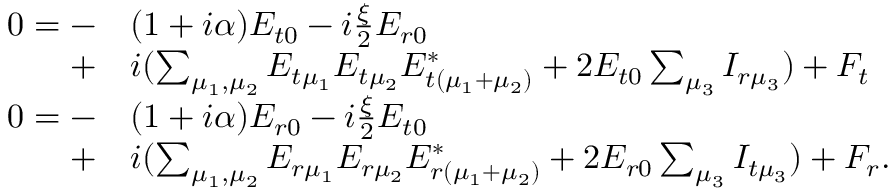
\begin{array} { r l } { 0 = - } & { ( 1 + i \alpha ) E _ { t 0 } - i \frac { \xi } { 2 } E _ { r 0 } } \\ { + } & { i ( \sum _ { \mu _ { 1 } , \mu _ { 2 } } E _ { t \mu _ { 1 } } E _ { t \mu _ { 2 } } E _ { t ( \mu _ { 1 } + \mu _ { 2 } ) } ^ { * } + 2 E _ { t 0 } \sum _ { \mu _ { 3 } } I _ { r \mu _ { 3 } } ) + F _ { t } } \\ { 0 = - } & { ( 1 + i \alpha ) E _ { r 0 } - i \frac { \xi } { 2 } E _ { t 0 } } \\ { + } & { i ( \sum _ { \mu _ { 1 } , \mu _ { 2 } } E _ { r \mu _ { 1 } } E _ { r \mu _ { 2 } } E _ { r ( \mu _ { 1 } + \mu _ { 2 } ) } ^ { * } + 2 E _ { r 0 } \sum _ { \mu _ { 3 } } I _ { t \mu _ { 3 } } ) + F _ { r } . } \end{array}